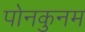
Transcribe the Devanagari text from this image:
पोनकुनम